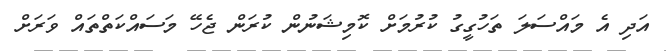
އަދި އެ މައްސަލަ ތަހުގީގު ކުރުމަށް ކޮމިޝަނުން ކުރަން ޖެހޭ މަސައްކަތްތައް ވަރަށް